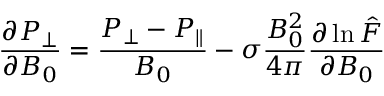
\frac { \partial P _ { \perp } } { \partial B _ { 0 } } = \frac { P _ { \perp } - P _ { \parallel } } { B _ { 0 } } - \sigma \frac { B _ { 0 } ^ { 2 } } { 4 \pi } \frac { \partial \ln \hat { F } } { \partial B _ { 0 } }